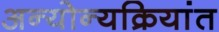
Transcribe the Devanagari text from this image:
अन्योन्यक्रियांत